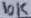
Text: 10K